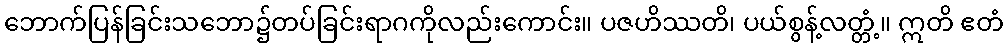
ဘောက်ပြန်ခြင်းသဘော၌တပ်ခြင်းရာဂကိုလည်းကောင်း။ ပဇဟိဿတိ၊ ပယ်စွန့်လတ္တံ့။ ဣတိ ဧတံ